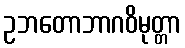
ဥဘတောဘာဂဝိမုတ္တာ